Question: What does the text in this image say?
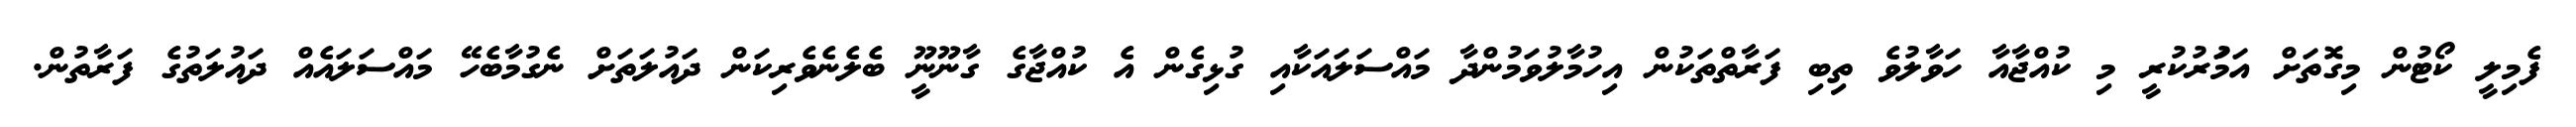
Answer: ފެމިލީ ކޯޓުން މިގޮތަށް އަމުަރުކުރީ މި ކުއްޖާއާ ހަވާލުވެ ތިބި ފަރާތްތަކުން އިހުމާލުވަމުންދާ މައްސަލައަކާއި ގުޅިގެން އެ ކުއްޖާގެ ގާނޫނީޫ ބެލެނެވެރިކަން ދައުލަތަށް ނެގުމާބެހޭ މައްސަލައެއް ދައުލަތުގެ ފަރާތުން.